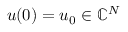
u ( 0 ) = u _ { 0 } \in \mathbb { C } ^ { N }